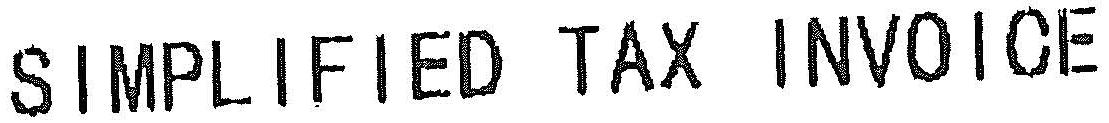
SIMPLIFIED TAX INVOICE